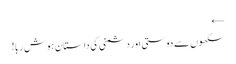
←
سکھوں سے دوستی اور دشمنی کی داستان ہوش ربا!